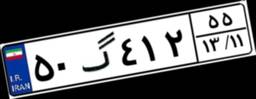
۲۲گ۵۲۳۱۱